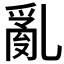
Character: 亂